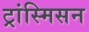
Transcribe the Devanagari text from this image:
ट्रांस्मिसन